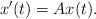
LaTeX: \begin{align*} x'(t)=Ax(t). \end{align*}